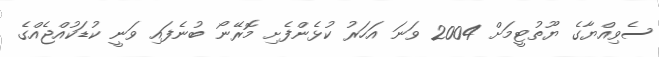
ސެވިއްޔާގެ ޔޫތުޓީމަށް 2004 ވަނަ އަހަރު ކުޅެންފެށި މޮރޭނޯ ބުނެފައި ވަނީ ކުޑަކުއްޖެއްގެ